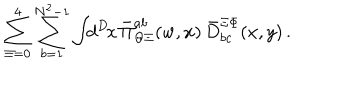
\sum _ { \Xi = 0 } ^ { 4 } \sum _ { b = 1 } ^ { N ^ { 2 } - 1 } \int \! \! d ^ { D } \! x \, \bar { \Pi } _ { \Theta \Xi } ^ { a b } ( w , x ) \, \bar { D } _ { b c } ^ { \Xi \Phi } ( x , y ) \, .